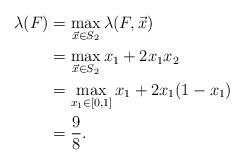
LaTeX: \begin{align*}\lambda(F) &= \max_{\vec{x}\in S_{2}} \lambda(F, \vec{x}) \\ &= \max_{\vec{x}\in S_{2}} x_{1}+2x_{1}x_{2} \\ &= \max_{x_1\in [0,1]}x_{1}+2x_{1}(1-x_{1}) \\ &= \frac{9}{8}.\end{align*}